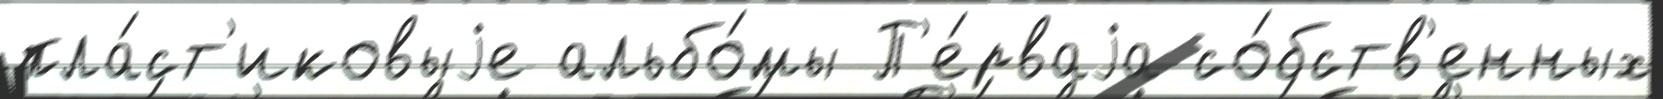
пла́ст'иковыjе альбо́мы П'е́рваjа со́бств'енных